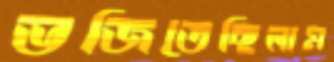
ভজিতেছিলাম